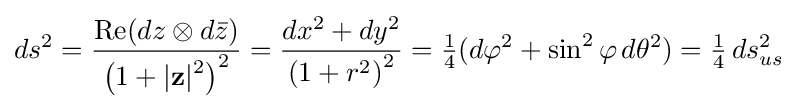
ds^{2}={\frac {\operatorname {Re} (dz\otimes d{\bar {z}})}{\left(1+|\mathbf {z} |{\vphantom {l}}^{2}\right)^{2}}}={\frac {dx^{2}+dy^{2}}{\left(1+r^{2}\right)^{2}}}={\tfrac {1}{4}}(d\varphi ^{2}+\sin ^{2}\varphi \,d\theta ^{2})={\tfrac {1}{4}}\,ds_{us}^{2}